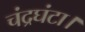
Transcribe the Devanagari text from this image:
चंद्रघंटा।